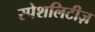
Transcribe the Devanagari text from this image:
स्पेशलिटीज़